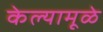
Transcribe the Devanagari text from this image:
केल्यामूळे